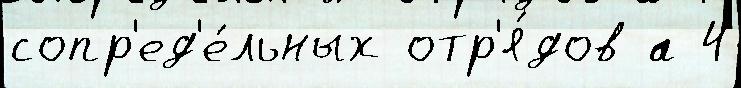
сопр'ед'е́льных отр'я́дов а 4